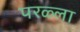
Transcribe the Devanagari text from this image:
परळ्ला